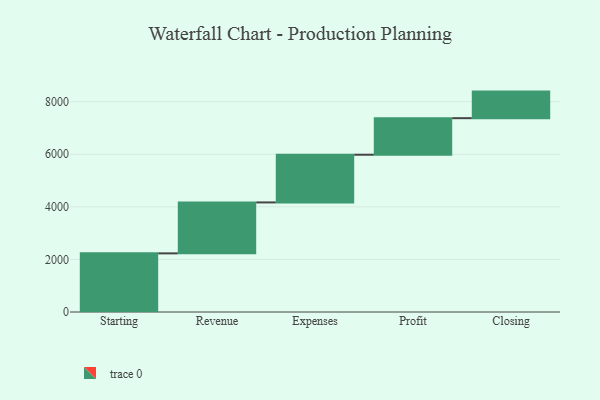
{"axis": {"x": "Step", "y": "Value"}, "legend": [""], "data": [{"x": "Starting", "y": 2230.0, "type": ""}, {"x": "Revenue", "y": 1938.0, "type": ""}, {"x": "Expenses", "y": 1814.0, "type": ""}, {"x": "Profit", "y": 1390.0, "type": ""}, {"x": "Closing", "y": 1011.0, "type": ""}]}